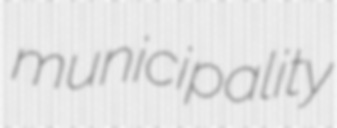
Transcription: municipality